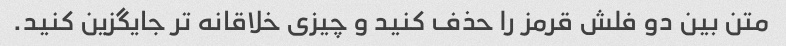
متن بین دو فلش قرمز را حذف کنید و چیزی خلاقانه تر جایگزین کنید.